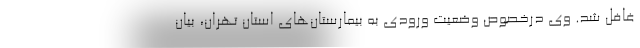
غافل شد. وی درخصوص وضعیت ورودی به بیمارستان‌های استان تهران، بیان